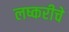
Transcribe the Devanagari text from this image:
लष्करीचे